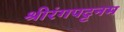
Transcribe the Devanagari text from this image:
श्रीरंगपट्टनम